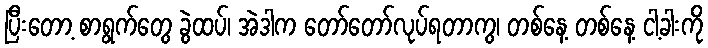
ပြီးတော့ စာရွက်တွေ ခွဲထပ်၊ အဲဒါက တော်တော်လုပ်ရတာကွ၊ တစ်နေ့ တစ်နေ့ ငါ့ခါးကို